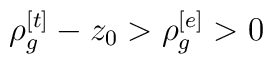
\rho _{g}^{[t]}-z_{0}>\rho _{g}^{[e]}>0